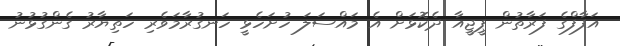
އަފާފްގެ ފަރާތުން ޕީޖީއާ ދެކޮޅަށް އެ މައްސަލަ ހުށަހެޅީ ހަނގުރާމަވެރި ހަތިޔާރު ގެންގުޅުނު